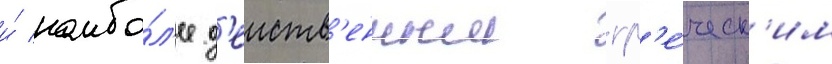
и́ наибо́л'ее д'еиств'енным гр'е́ческ'им